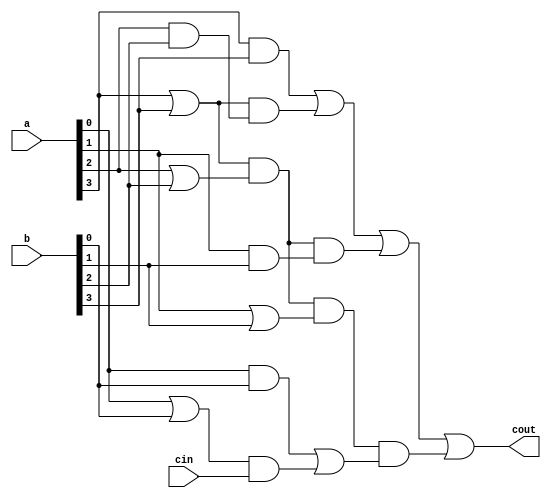
module cla(a,b,cout,cin);
input [3:0] a, b;
input cin; 
output reg cout;
reg [3:0]g,p;
integer i;
always@(*) 
begin
// Generate terms
for(i=0;i<4;i=i+1)
begin
g[i]= a[i] & b[i];
end
// Propagate terms
for(i=0;i<4;i=i+1)
begin
p[i]= a[i] | b[i];
end
// Carry out
cout = (g[3])|(p[3]&g[2])|(p[3]&p[2]&g[1])|(p[3]&p[2]&p[1]&(g[0]|(p[0]&cin)));
end
endmodule